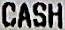
CASH